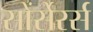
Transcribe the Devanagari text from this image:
सोंर्सेरर्स